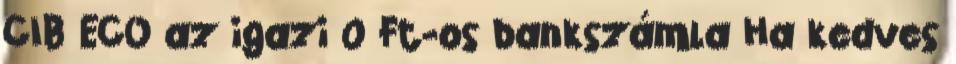
CIB ECO az igazi 0 Ft-os bankszámla Ha kedves